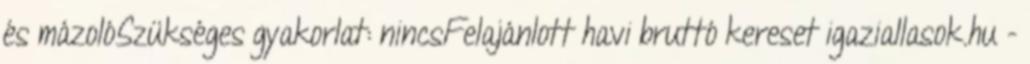
és mázolóSzükséges gyakorlat: nincsFelajánlott havi bruttó kereset igaziallasok.hu -